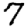
Digit: 7